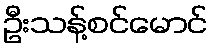
ဦးသန့်စင်မောင်